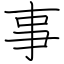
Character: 事